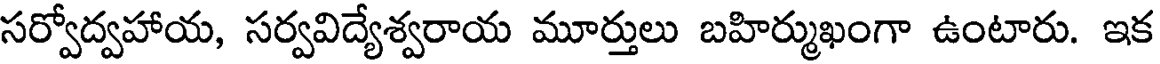
సర్వోద్వహాయ, సర్వవిద్యేశ్వరాయ మూర్తులు బహిర్ముఖంగా ఉంటారు. ఇక